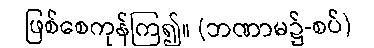
ဖြစ်စေကုန်ကြ၍။ (ဘဏာမ၌-စပ်)